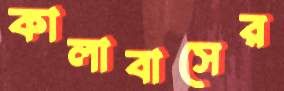
কালাবাসের